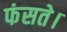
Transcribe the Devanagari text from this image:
फंसते।